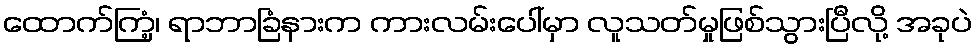
ထောက်ကြံ့၊ ရာဘာခြံနားက ကားလမ်းပေါ်မှာ လူသတ်မှုဖြစ်သွားပြီလို့ အခုပဲ